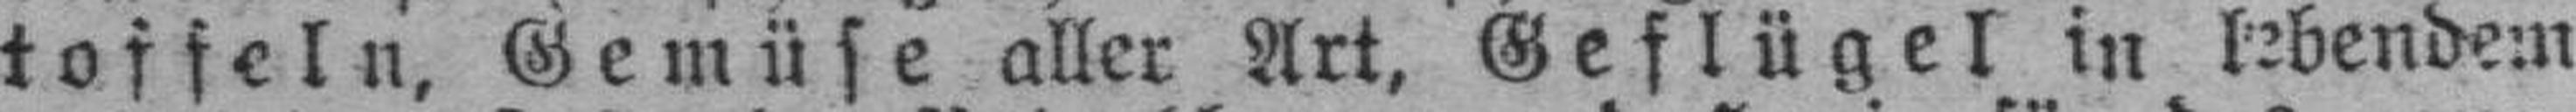
toffeln, Gemüse aller Art, Geflügel in lebendem